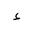
Letter: _hamza